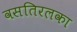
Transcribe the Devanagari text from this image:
वसतिरलका